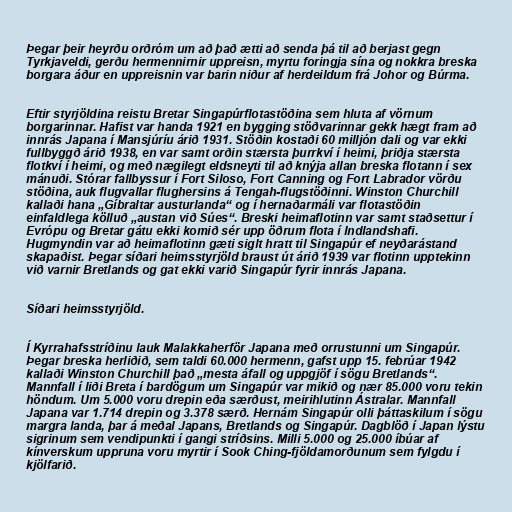
Þegar þeir heyrðu orðróm um að það ætti að senda þá til að berjast gegn
Tyrkjaveldi, gerðu hermennirnir uppreisn, myrtu foringja sína og nokkra breska
borgara áður en uppreisnin var barin niður af herdeildum frá Johor og Búrma.

Eftir styrjöldina reistu Bretar Singapúrflotastöðina sem hluta af vörnum
borgarinnar. Hafist var handa 1921 en bygging stöðvarinnar gekk hægt fram að
innrás Japana í Mansjúríu árið 1931. Stöðin kostaði 60 milljón dali og var ekki
fullbyggð árið 1938, en var samt orðin stærsta þurrkví í heimi, þriðja stærsta
flotkví í heimi, og með nægilegt eldsneyti til að knýja allan breska flotann í sex
mánuði. Stórar fallbyssur í Fort Siloso, Fort Canning og Fort Labrador vörðu
stöðina, auk flugvallar flughersins á Tengah-flugstöðinni. Winston Churchill
kallaði hana „Gíbraltar austurlanda“ og í hernaðarmáli var flotastöðin
einfaldlega kölluð „austan við Súes“. Breski heimaflotinn var samt staðsettur í
Evrópu og Bretar gátu ekki komið sér upp öðrum flota í Indlandshafi.
Hugmyndin var að heimaflotinn gæti siglt hratt til Singapúr ef neyðarástand
skapaðist. Þegar síðari heimsstyrjöld braust út árið 1939 var flotinn upptekinn
við varnir Bretlands og gat ekki varið Singapúr fyrir innrás Japana.

Síðari heimsstyrjöld.

Í Kyrrahafsstríðinu lauk Malakkaherför Japana með orrustunni um Singapúr.
Þegar breska herliðið, sem taldi 60.000 hermenn, gafst upp 15. febrúar 1942
kallaði Winston Churchill það „mesta áfall og uppgjöf í sögu Bretlands“.
Mannfall í liði Breta í bardögum um Singapúr var mikið og nær 85.000 voru tekin
höndum. Um 5.000 voru drepin eða særðust, meirihlutinn Ástralar. Mannfall
Japana var 1.714 drepin og 3.378 særð. Hernám Singapúr olli þáttaskilum í sögu
margra landa, þar á meðal Japans, Bretlands og Singapúr. Dagblöð í Japan lýstu
sigrinum sem vendipunkti í gangi stríðsins. Milli 5.000 og 25.000 íbúar af
kínverskum uppruna voru myrtir í Sook Ching-fjöldamorðunum sem fylgdu í
kjölfarið.